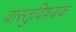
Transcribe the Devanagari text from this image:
वास्तुवि़षयक